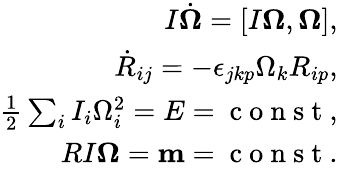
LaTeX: \begin{array}{r}{I\dot{\boldsymbol\Omega}=[I{\boldsymbol\Omega},{\boldsymbol\Omega}],}\\ {\dot{R}_{ij}=-\epsilon_{jkp}\Omega_{k}R_{ip},}\\ {\frac 12\sum_{i}I_{i}\Omega_{i}^{2}=E=\mathrm{~c~o~n~s~t~},}\\ {RI{\boldsymbol\Omega}={\mathbf m}=\mathrm{~c~o~n~s~t~}.}\end{array}